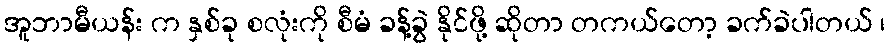
အူဘာမီယန်း က နှစ်ခု စလုံးကို စီမံ ခန့်ခွဲ နိုင်ဖို့ ဆိုတာ တကယ်တော့ ခက်ခဲပါတယ် ၊